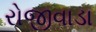
રોજીવાડા